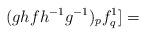
LaTeX: \begin{align*}(ghf{h^{-1}}{g^{-1}})_pf^1_q]= \end{align*}